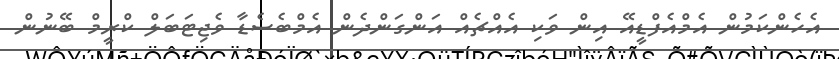
އެހެންކަމުން އެމްއެފްޑީއޭ އިން ވަކި އެއްޗެއް އަންގަންދެން އެމްބެސެޑާ ވެޖިޓަބަލް ކްރީމް ބޭނުން